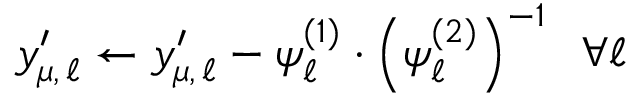
y _ { \mu , \, \ell } ^ { \prime } \leftarrow y _ { \mu , \, \ell } ^ { \prime } - \psi _ { \ell } ^ { ( 1 ) } \cdot \left( \psi _ { \ell } ^ { ( 2 ) } \right) ^ { - 1 } \; \; \forall \ell